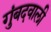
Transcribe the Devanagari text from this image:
गुंबदवाली